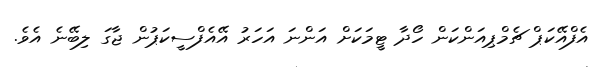
އެފްއޭކަޕް ޗެމްޕިއަންކަން ހޯދާ ޓީމަކަށް އަންނަ އަހަރު އޭއެފްސީކަޕުން ޖާގަ ލިބޭނެ އެވެ.